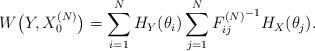
LaTeX: \begin{align*}W\bigl(Y,X_0^{(N)}\bigr)=\sum_{i=1}^N H_Y(\theta_i)\sum_{j=1}^N {F^{(N)}_{ij}}^{-1}H_X(\theta_j).\end{align*}